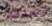
مسحها